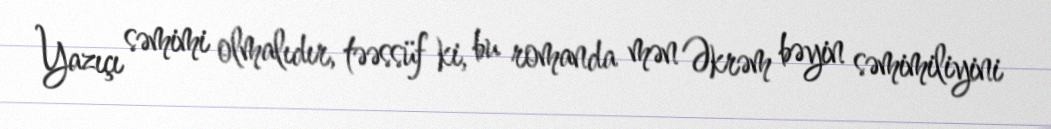
Yazıçı səmimi olmalıdır, təəssüf ki, bu romanda mən Əkrəm bəyin səmimiliyini